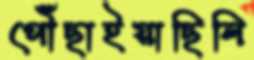
পৌঁছাইয়াছিলি